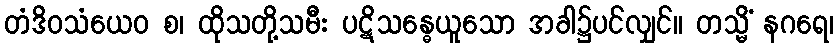
တံဒိဝသံယေဝ စ၊ ထိုသတို့သမီး ပဋိသန္ဓေယူသော အခါ၌ပင်လျှင်။ တသ္မိံ နဂရေ၊